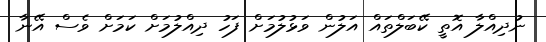
ނުދިއްލާ އޮތީ ކޭބަލްތައް އަލުން ވަޅުލުމަށް ފަހު ދިއްލުމަށް ކަމަށް ވެސް އޭނާ